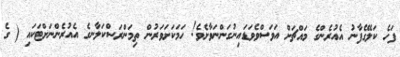
ފަހެ ކަލޭގެފާނު އެއުރެންގެ މައްޗަށް އަވަސްވެވަޑައިނުގަންނަވާށެވެ! ހަމަކަށަވަރުން ތިމަންރަސްކަލާނގެ އެއުރެންނަށްޓަކައި ( ގެ